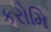
કરોમિ